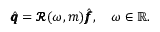
\begin{array} { r } { \hat { \pmb q } = \pmb { \mathcal { R } } ( \omega , m ) \hat { \pmb f } , \quad \omega \in \mathbb { R } . } \end{array}